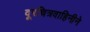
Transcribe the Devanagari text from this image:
दूरचित्रवाहिनीने